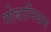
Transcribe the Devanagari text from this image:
गोबानियम